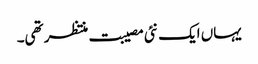
یہاں ایک نئی مصیبت منتظر تھی۔